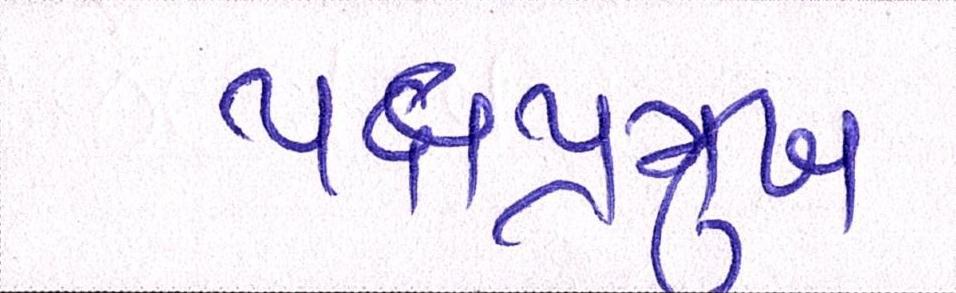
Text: પક્ષપ્રમુખ